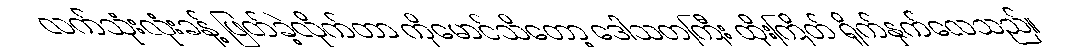
လက်သုံးလုံးခန့် ဖြတ်ခဲ့လိုက်တာ ကိုမောင်သိတော့ ဒေါသတကြီး ထိုးကြိတ် ရိုက်နှက်လေသည်။